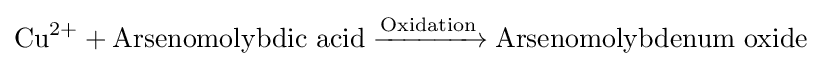
\mathrm {Cu} ^{2+}+\mathrm {Arsenomolybdic\ acid} \xrightarrow {\mathrm {Oxidation} } \mathrm {Arsenomolybdenum\ oxide}